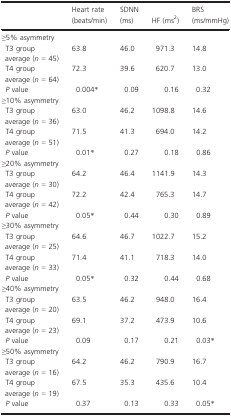
|  | Heart rate (beats/min) | SDNN (ms) | HF (ms2) | BRS (ms/mmHg) |
 | --- | --- | --- | --- | --- |
 | <COLSPAN=5> ≥5% asymmetry |
 | T3 group average (n = 45) | 63.8 | 46.0 | 971.3 | 14.8 |
 | T4 group average (n = 64) | 72.3 | 39.6 | 620.7 | 13.0 |
 | P value | 0.004* | 0.09 | 0.16 | 0.32 |
 | <COLSPAN=5> ≥10% asymmetry |
 | T3 group average (n = 36) | 63.0 | 46.2 | 1098.8 | 14.6 |
 | T4 group average (n = 51) | 71.5 | 41.3 | 694.0 | 14.2 |
 | P value | 0.01* | 0.27 | 0.18 | 0.86 |
 | <COLSPAN=5> ≥20% asymmetry |
 | T3 group average (n = 30) | 64.2 | 46.4 | 1141.9 | 14.3 |
 | T4 group average (n = 42) | 72.2 | 42.4 | 765.3 | 14.7 |
 | P value | 0.05* | 0.44 | 0.30 | 0.89 |
 | <COLSPAN=5> ≥30% asymmetry |
 | T3 group average (n = 25) | 64.6 | 46.7 | 1022.7 | 15.2 |
 | T4 group average (n = 33) | 71.4 | 41.1 | 718.3 | 14.0 |
 | P value | 0.05* | 0.32 | 0.44 | 0.68 |
 | <COLSPAN=5> ≥40% asymmetry |
 | T3 group average (n = 20) | 63.5 | 46.2 | 948.0 | 16.4 |
 | T4 group average (n = 23) | 69.1 | 37.2 | 473.9 | 10.6 |
 | P value | 0.09 | 0.17 | 0.21 | 0.03* |
 | <COLSPAN=5> ≥50% asymmetry |
 | T3 group average (n = 16) | 64.2 | 46.2 | 790.9 | 16.7 |
 | T4 group average (n = 19) | 67.5 | 35.3 | 435.6 | 10.4 |
 | P value | 0.37 | 0.13 | 0.33 | 0.05* |